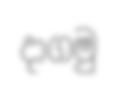
දාගමු